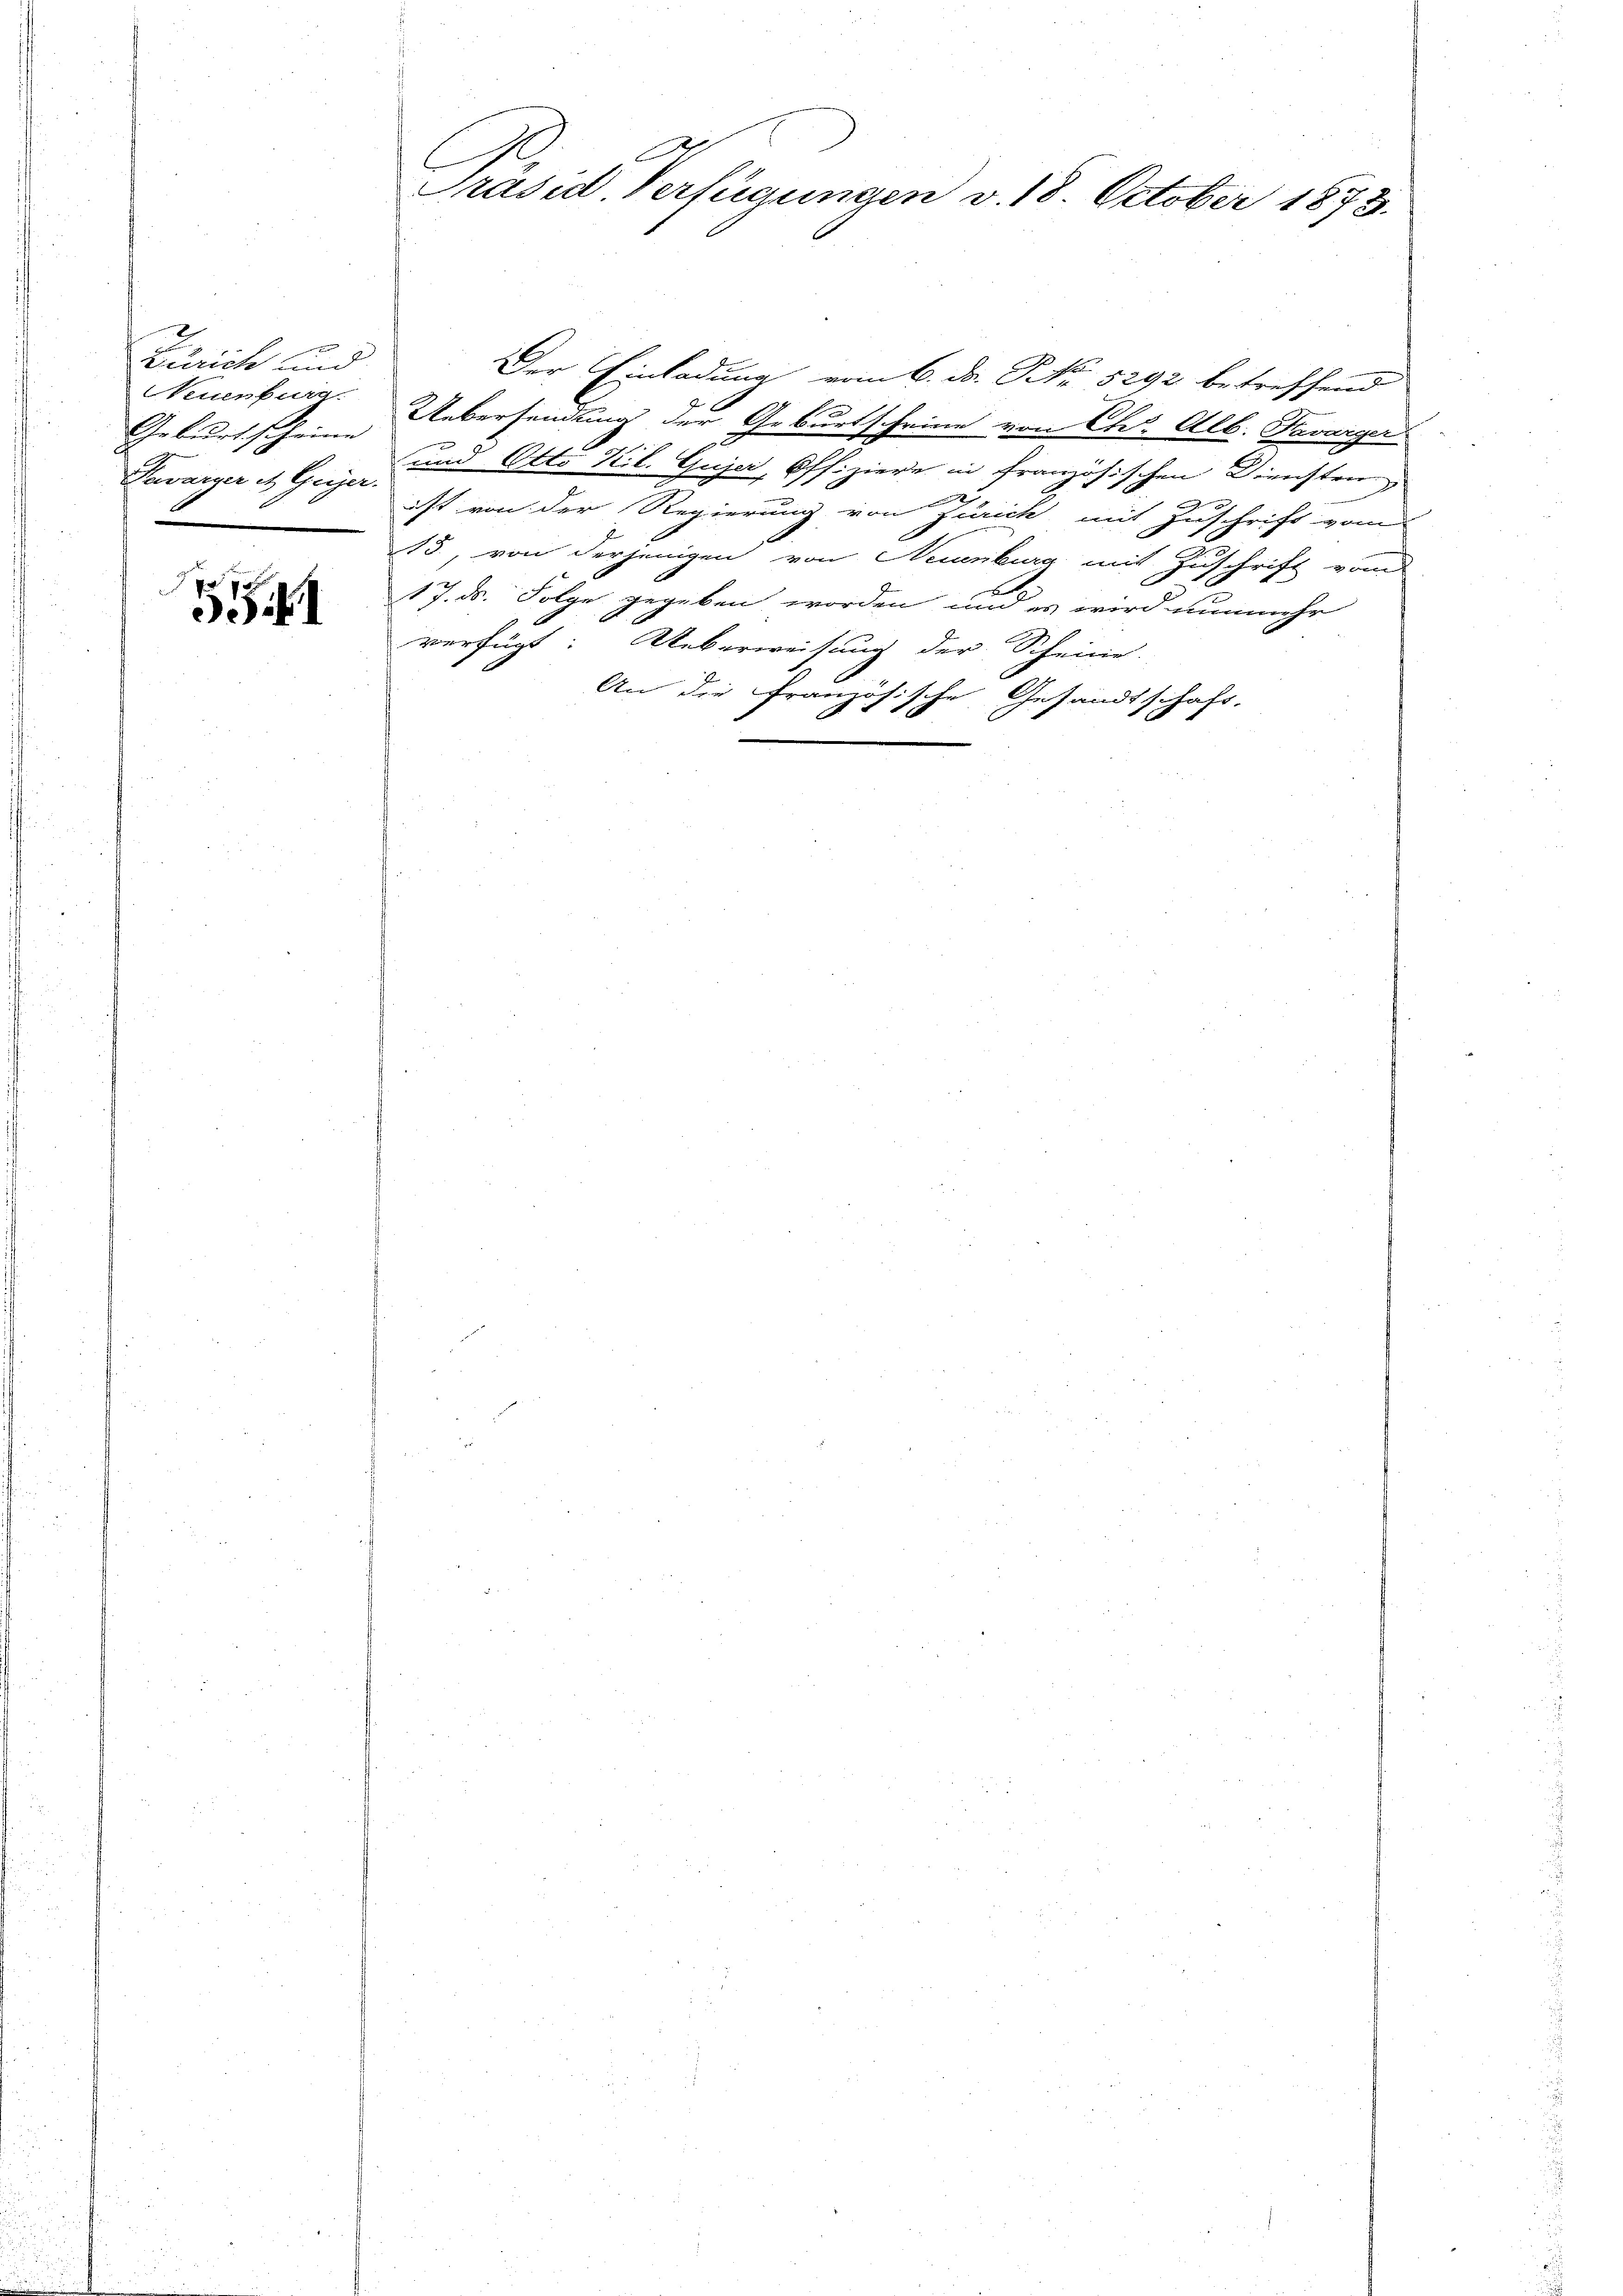
Zürich und
NNeuenburg.
Geburt scheine
Pewarzer et Geiger.
1

5541

A
e
Präsid Verfügungen v. 18. October 1878.

Der Einladung vom 6. Dr. No 5292 betreffend
Uebersendung der Geburtscheine von Chr. Alb. Kavarger
und Otto Kil. Gujer, Offiziere in französischen Dienstein
ist von der Regierung von Zürich mit Zuschrift vom
13, von derjenigen von Neuenburg mit Zuschrift vom
17. ds. Folge gegeben worden, und es wird nunmehr
verfügt: Ueberweisung der Scheine.
An die Französische Gesandtschaft.